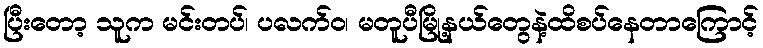
ပြီးတော့ သူက မင်းတပ်၊ ပလက်ဝ၊ မတူပီမြို့နယ်တွေနဲ့ထိစပ်နေတာကြောင့်